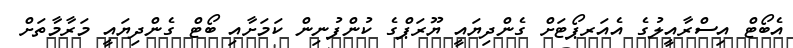
އެބޯޓް އިސްރާއީލުގެ އެއަރޕޯޓަށް ގެންދިޔައީ ޔޫރަޕްގެ ކުންފުނިން ކަމަށާއި ބޯޓް ގެންދިޔައީ މަރާމާތަށް